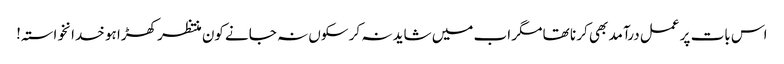
اس بات پر عمل درآمد بھی کر نا تھا مگر اب میں شاید نہ کر سکوں نہ جانے کون منتظر کھڑا ہو خدانخواستہ!